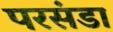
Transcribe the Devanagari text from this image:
परसंडा